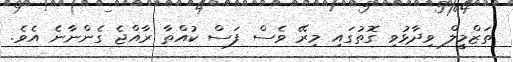
ތަޒްމީލް ވިދާޅުވި ގޮތުގައި މިރޭ ވެސް ފަސް ކުއްތާ ރާއްޖެ ގެންނާނެ އެވެ.